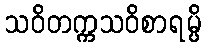
သဝိတက္ကသဝိစာရမ္ပိ